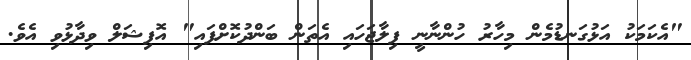
"އެކަމަކު އަޅުގަނޑުމެން މިހާރު ހުންނާނީ ފިލާޖަހައި އެތަން ބަންދުކޮށްފައި" އޮފިޝަލް ވިދާޅުވި އެވެ.